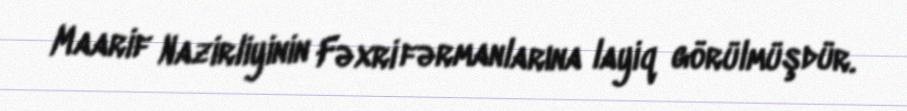
Maarif Nazirliyinin Fəxri fərmanlarına layiq görülmüşdür.